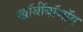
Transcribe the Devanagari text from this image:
खॉर्बॉबॉजॉय